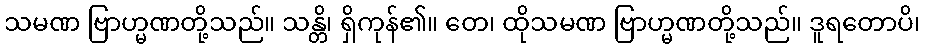
သမဏ ဗြာဟ္မဏတို့သည်။ သန္တိ၊ ရှိကုန်၏။ တေ၊ ထိုသမဏ ဗြာဟ္မဏတို့သည်။ ဒူရတောပိ၊